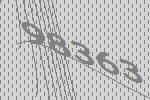
98363